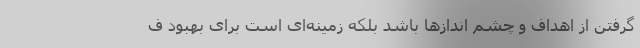
گرفتن از اهداف و چشم انداز‌ها باشد بلکه زمینه‌ای است برای بهبود ف